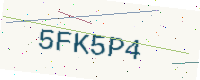
Text: 5FK5P4